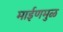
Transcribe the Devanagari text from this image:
माईणमुळ